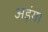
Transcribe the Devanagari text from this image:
अड़ंगा